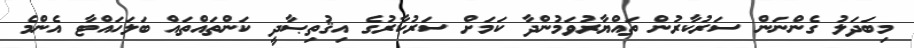
މިބަދަލު ގެންނަން ސަރުކާރުން ތައްޔާރުވަމުންދާ ކަމަށް ސަރުކާރުގެ އިޤުތިޞާދީ ކަންތައްތައް ބަލަހައްޓާ އެންމެ